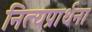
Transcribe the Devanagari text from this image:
नित्यप्रार्थना